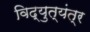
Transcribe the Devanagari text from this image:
विद्युत्‌यंत्र